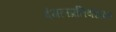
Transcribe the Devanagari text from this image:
दंगलप्रतिबंधक